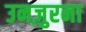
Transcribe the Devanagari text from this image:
उनज़ुरना